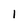
Character: 1